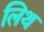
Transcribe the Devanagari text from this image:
लिथ